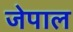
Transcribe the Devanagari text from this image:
जेपाल